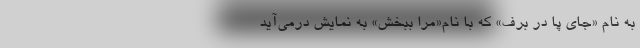
به نام «جای‌ پا در برف‌» كه‌ با نام‌«مرا ببخش‌» به‌ نمایش‌ درمی‌آید